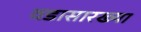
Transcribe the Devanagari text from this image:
वडासारख्या